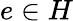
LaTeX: e\in H